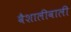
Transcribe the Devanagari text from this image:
वैशालीवाली